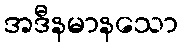
အဒီနမာနသော